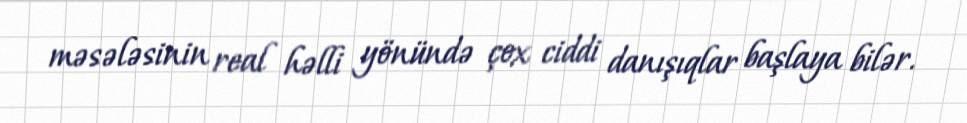
məsələsinin real həlli yönündə çox ciddi danışıqlar başlaya bilər.